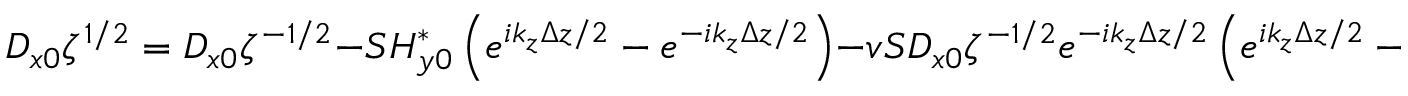
D _ { x 0 } \zeta ^ { 1 / 2 } = D _ { x 0 } \zeta ^ { - 1 / 2 } - S H _ { y 0 } ^ { * } \left( e ^ { i k _ { z } \Delta z / 2 } - e ^ { - i k _ { z } \Delta z / 2 } \right) - v S D _ { x 0 } \zeta ^ { - 1 / 2 } e ^ { - i k _ { z } \Delta z / 2 } \left( e ^ { i k _ { z } \Delta z / 2 } - e ^ { - i k _ { z } \Delta z / 2 } \right) ,